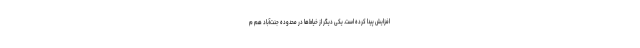
افزایش پیدا کرده است. یکی دیگر از خیاط‌ها در محدوده جنت‌آباد هم م